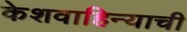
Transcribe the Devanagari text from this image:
केशवाहिन्याची